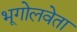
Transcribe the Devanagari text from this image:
भूगोलवेता